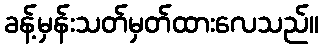
ခန့်မှန်းသတ်မှတ်ထားလေသည်။